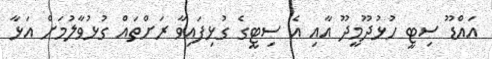
އައްޑޫ ސިޓީ ހުޅުދޫމީދޫ އާއި އެ ސިޓީގެ ގުޅިފައިވާ ރަށްތައް ގުޅުވާލުމަށް އަޅާ